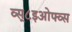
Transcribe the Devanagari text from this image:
व्स्८इओफ्व्स